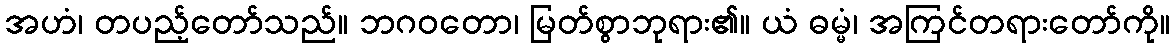
အဟံ၊ တပည့်တော်သည်။ ဘဂဝတော၊ မြတ်စွာဘုရား၏။ ယံ ဓမ္မံ၊ အကြင်တရားတော်ကို။